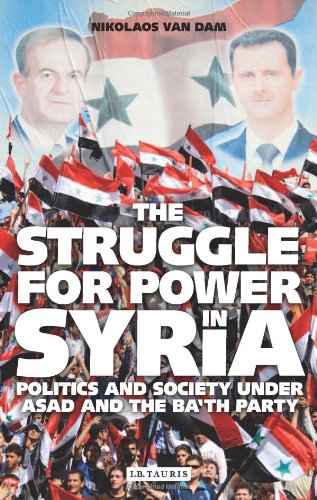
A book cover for The Struggle for Power in Syria: Politics and Society under Asad and the Ba'th Party; Nikolaos van Dam; History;